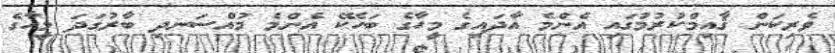
ވެރިކަން ޤާއިމްކުރުމުގައި އެންމެ އާދައިގެ މީހާގެ ބަހެކޭ އެންމެ މުއްސަނދި ބާރުގަދަ މީހާގެ